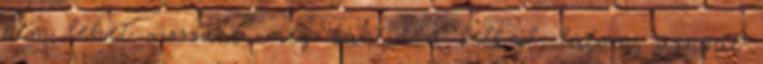
nem lehet visszaút, még bántja a lelked, látom, árnyat